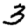
Digit: 3